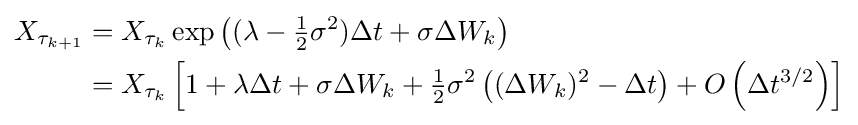
{\begin{aligned}X_{\tau _{k+1}}&=X_{\tau _{k}}\exp \left((\lambda -{\tfrac {1}{2}}\sigma ^{2})\Delta t+\sigma \Delta W_{k}\right)\\&=X_{\tau _{k}}\left[1+\lambda \Delta t+\sigma \Delta W_{k}+{\tfrac {1}{2}}\sigma ^{2}\left((\Delta W_{k})^{2}-\Delta t\right)+O\left(\Delta t^{3/2}\right)\right]\\\end{aligned}}